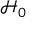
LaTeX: { \mathcal { H } } _ { 0 }